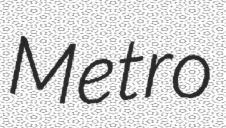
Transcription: Metro